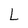
Character: L